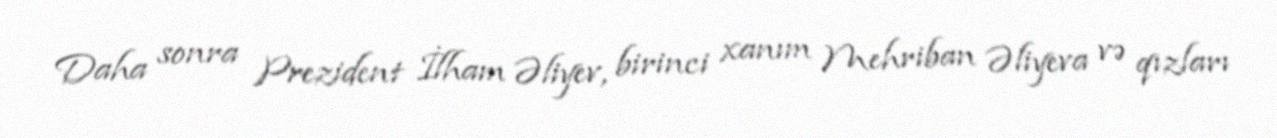
Daha sonra Prezident İlham Əliyev, birinci xanım Mehriban Əliyeva və qızları